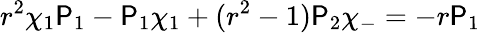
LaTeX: r^{2}\chi_{1}\P_{1}-\P_{1}\chi_{1}+(r^{2}-1)\P_{2}\chi_{-}=-r\P_{1}